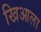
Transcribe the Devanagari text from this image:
खिआला